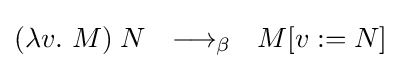
(\lambda v.\ M)\;N\ \ \longrightarrow _{\beta }\ \ M[v:=N]